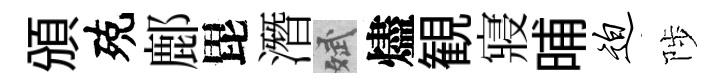
頒殑鄜毘潛斌燼観寢晡迫陟